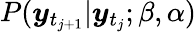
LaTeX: P(\boldsymbol{y}_{t_{j+1}}|\boldsymbol{y}_{t_{j}};\beta,\alpha)